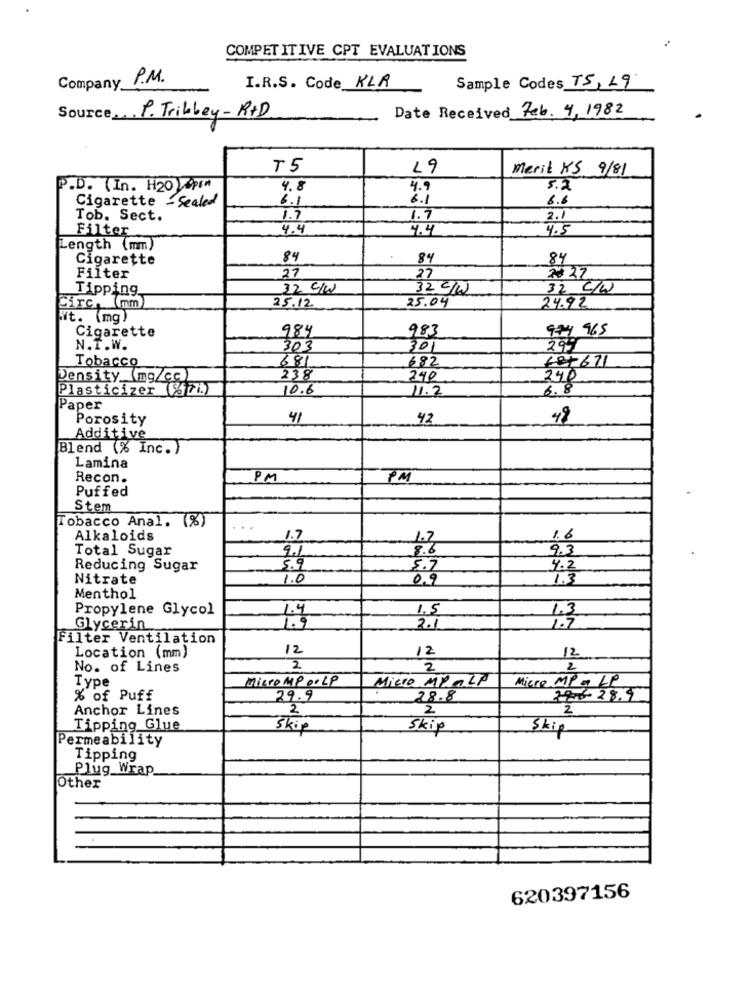
COMPETITIVE CPT EVALUATIONS
Company P.M.
Sample Codes TS,19
I.R.S. Code KLA
Source P. Tribbey- RtD
Date Received Feb. 4,1982
T5
19
Merit KS 9/81
P.D. (In. H20 VUpt
4.8
4.9
5.2
Cigarette - Sealed
6.1
6 .1
6.6
Tob. Sect.
1.7
1.7
2.1
Filter
4.4
4.4
4.5
Length (mm)
Cigarette
84
84
84
Filter
27
27
20 22
Tipping.
32 c/w
32 /W
32 C/W
25.04
Circ. (mm)
25.12
24.92
it. (mg)
Cigarette
984
974 965
983
N.T.W.
303
301
294
Tobacco
681
682
687671
Density _(mg/cc)
238
240
240
Plasticizer %71.)
10.6
11.2
6.8
Paper
Porosity
41
42
Additive
Blend (% Inc. )
Lamina
Recon.
PM
PM
Puffed
Stem
Tobacco Anal. (%)
Alkaloids
1.7
1.2
1.6
Total Sugar
9.3
9.1
8.6
Reducing Sugar
5.9
5.7
4.2
Nitrate
1.0
0,9
1.3
Menthol
Propylene Glycol
1.5
Glycerin
2.1
Filter Ventilation
12
12
Location (mm)
12
No. of Lines
2
2
2
Micro MP 0.LP
Micro M2-LP
Type
Micce MP - LP
% of Puff
29.9
28.8
786-28.4
Anchor Lines
2
2
2
Tipping Glue
Skip
Skip
Skip
Permeability
Tipping
Plug Wrap
Other
620397156